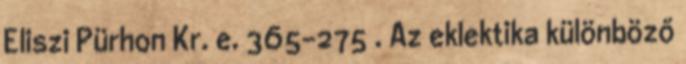
Eliszi Pürhon Kr. e. 365–275 . Az eklektika különböző